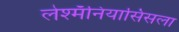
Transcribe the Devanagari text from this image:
लेश्मॅनियासिसला